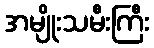
အမျိုးသမီးကြီး